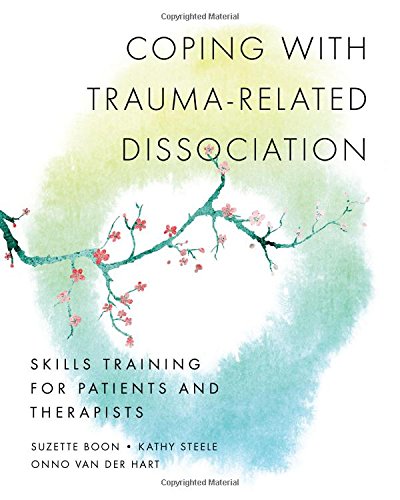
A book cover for Coping with Trauma-Related Dissociation: Skills Training for Patients and Therapists (Norton Series on Interpersonal Neurobiology); Suzette Boon; Medical Books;